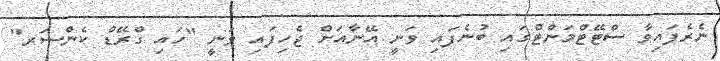
ނެރެފައިވާ ސްޓޭޓްމަންޓްގައި ބުނެފައި ވަނީ އޭނާއަށް ޖެހިފައި ވަނީ "ހައި ގްރޭޑް ކެންސަރ"